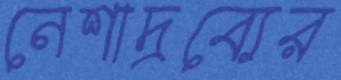
নেশাদ্রব্যের